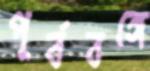
পূর্ববঙ্গে